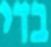
בדי